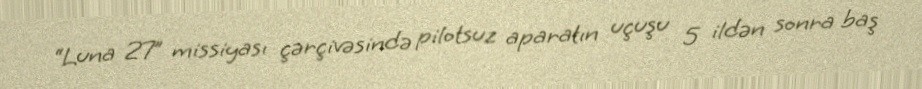
“Luna 27” missiyası çərçivəsində pilotsuz aparatın uçuşu 5 ildən sonra baş